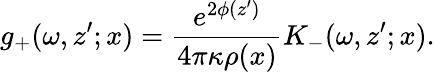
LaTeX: g_{+}(\omega,z^{\prime};x)=\frac{e^{2\phi(z^{\prime})}}{4\pi\kappa\rho(x)}K_{-}(\omega,z^{\prime};x).